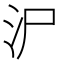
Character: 𱥱